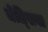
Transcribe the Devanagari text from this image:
चेल्‍िसया